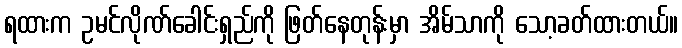
ရထားက ဥမင်လိုဏ်ခေါင်းရှည်ကို ဖြတ်နေတုန်းမှာ အိမ်သာကို သော့ခတ်ထားတယ်။